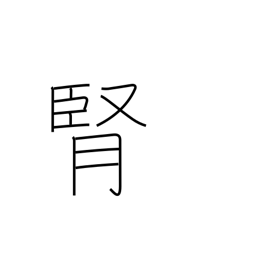
Meaning: kidney